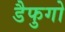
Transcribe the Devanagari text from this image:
डैफुगो